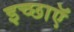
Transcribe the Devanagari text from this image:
इच्छाऍं